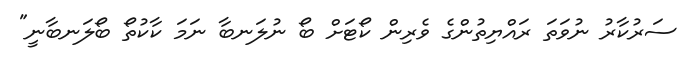
ސަރުކާރު ނުވަތަ ރައްޔިތުންގެ ވެރިން ކޯޓަށް ބޯ ނުލަނބާ ނަމަ ކާކުތޯ ބޯލަނބާނީ"